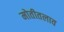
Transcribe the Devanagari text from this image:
मोतीतलाव